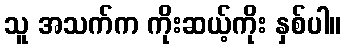
သူ အသက်က ကိုးဆယ့်ကိုး နှစ်ပါ။